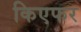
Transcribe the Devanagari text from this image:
किएफर